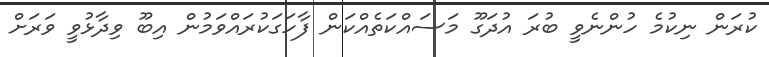
ކުރަން ނިކުމެ ހުންނެވީ ބުރަ އުދަގޫ މަސައްކަތެއްކަން ފާހަގަކުރައްވަމުން އިބޫ ވިދާޅުވީ ވަރަށް